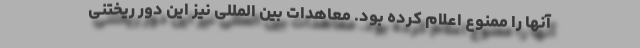
آنها را ممنوع اعلام کرده بود. معاهدات بین المللی نیز این دور ریختنی